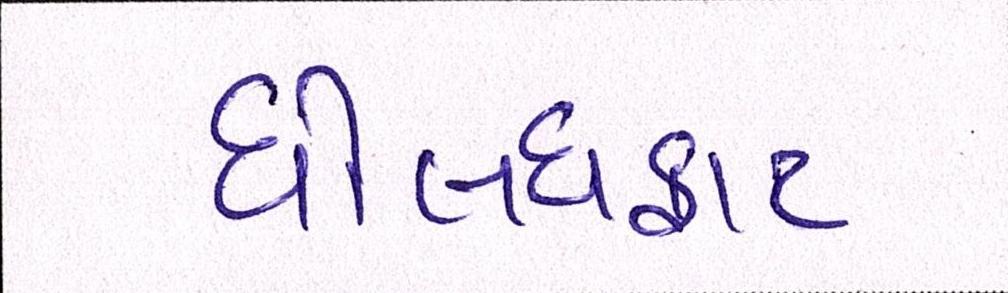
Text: ધોલધફાટ